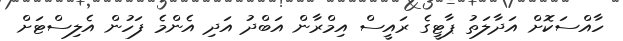
ހާއްސަކޮށް އަދާލަތު ޕާޓީގެ ރައީސް އިމްރާން އަބްދު އަދި އެންމެ ފަހުން އެލިސްޓަށް